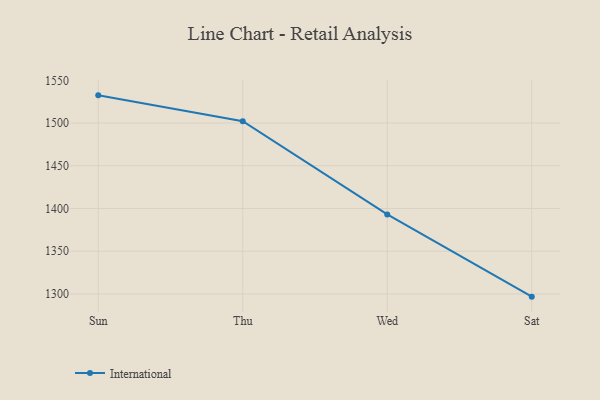
{"axis": {"x": "Day", "y": "Backlog"}, "legend": ["International"], "data": [{"x": "Sun", "y": 1532.4, "type": "International"}, {"x": "Thu", "y": 1502.2, "type": "International"}, {"x": "Wed", "y": 1393.1, "type": "International"}, {"x": "Sat", "y": 1296.9, "type": "International"}]}